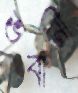
ভবানী